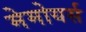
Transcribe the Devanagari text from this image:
मेमोयर्स